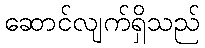
ဆောင်လျက်ရှိသည်